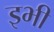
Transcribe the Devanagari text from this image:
इभी